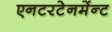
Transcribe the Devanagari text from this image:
एनटरटेनमेंन्ट